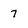
Character: 7